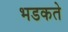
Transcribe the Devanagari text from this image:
भडकते